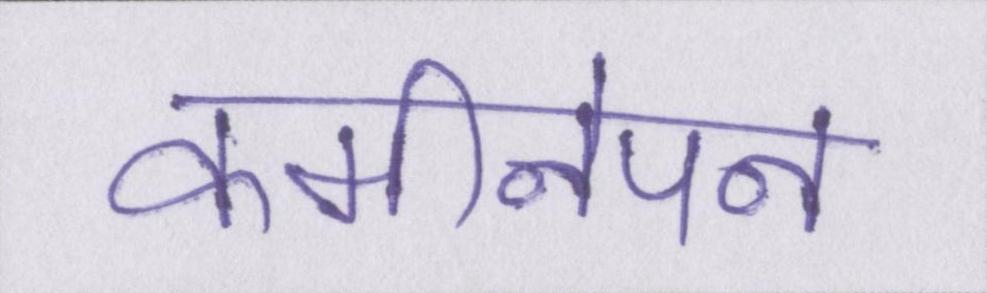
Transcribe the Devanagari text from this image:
कमीनेपन